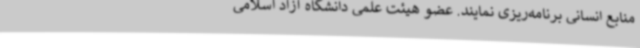
منابع انسانی برنامه‌ریزی نمایند. عضو هیئت علمی دانشگاه آزاد اسلامی